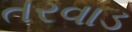
તરવાડ